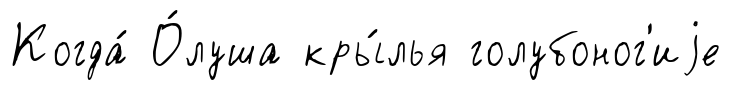
Когда́ О́луша кры́лья голубоног'иjе